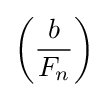
\left({\frac {b}{F_{n}}}\right)